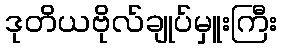
ဒုတိယဗိုလ်ချုပ်မှူးကြီး